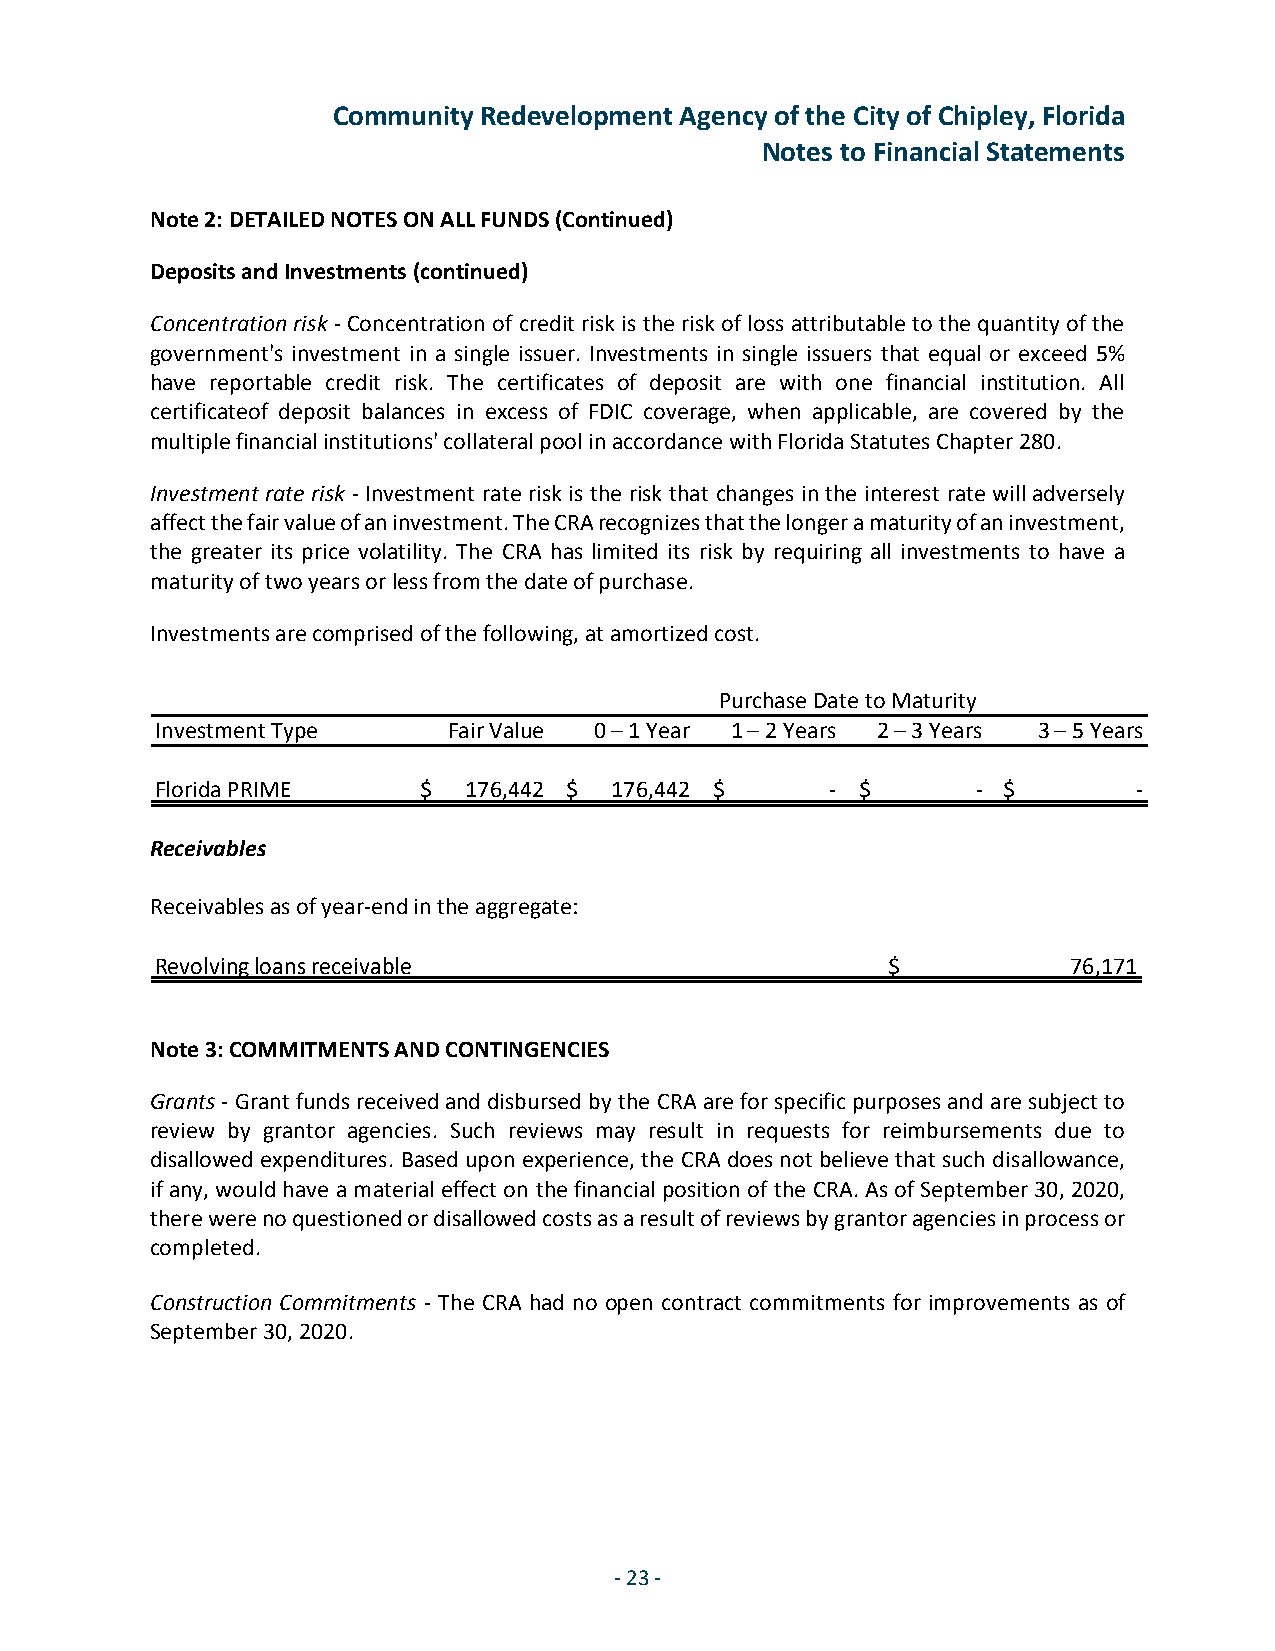
Community Redevelopment Agency of the City of Chipley, Florida
 Notes to Financial Statements
 Note 2: DETAILED NOTES ON ALL FUNDS (Continued)
 Deposits and Investments (continued)
 Concentration risk - Concentration of credit risk is the risk of loss attributable to the quantity of the
 government's investment in a single issuer. Investments in single issuers that equal or exceed 5%
 have reportable credit risk. The certificates of deposit are with one financial institution. All
 certificateof deposit balances in excess of FDIC coverage, when applicable, are covered by the
 multiple financial institutions' collateral pool in accordance with Florida Statutes Chapter 280.
 Investment rate risk - Investment rate risk is the risk that changes in the interest rate will adversely
 affect the fair value of an investment. The CRA recognizes that the longer a maturity of an investment,
 the greater its price volatility. The CRA has limited its risk by requiring all investments to have a
 maturity of two years or less from the date of purchase.
 Investments are comprised of the following, at amortized cost.
 Purchase Date to Maturity
 Investment Type     Fair Value 0 – 1 Year 1 – 2 Years 2 – 3 Years 3 – 5 Years
 Florida PRIME     $  176,442 $ 176,442 $     - $       - $       -
 Receivables
 Receivables as of year-end in the aggregate:
 Revolving loans receivable                       $           76,171
 Note 3: COMMITMENTS AND CONTINGENCIES
 Grants - Grant funds received and disbursed by the CRA are for specific purposes and are subject to
 review by grantor agencies. Such reviews may result in requests for reimbursements due to
 disallowed expenditures. Based upon experience, the CRA does not believe that such disallowance,
 if any, would have a material effect on the financial position of the CRA. As of September 30, 2020,
 there were no questioned or disallowed costs as a result of reviews by grantor agencies in process or
 completed.
 Construction Commitments - The CRA had no open contract commitments for improvements as of
 September 30, 2020.
 - 23 -